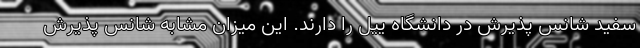
سفید شانس پذیرش در دانشگاه ییل را دارند. این میزان مشابه شانس پذیرش